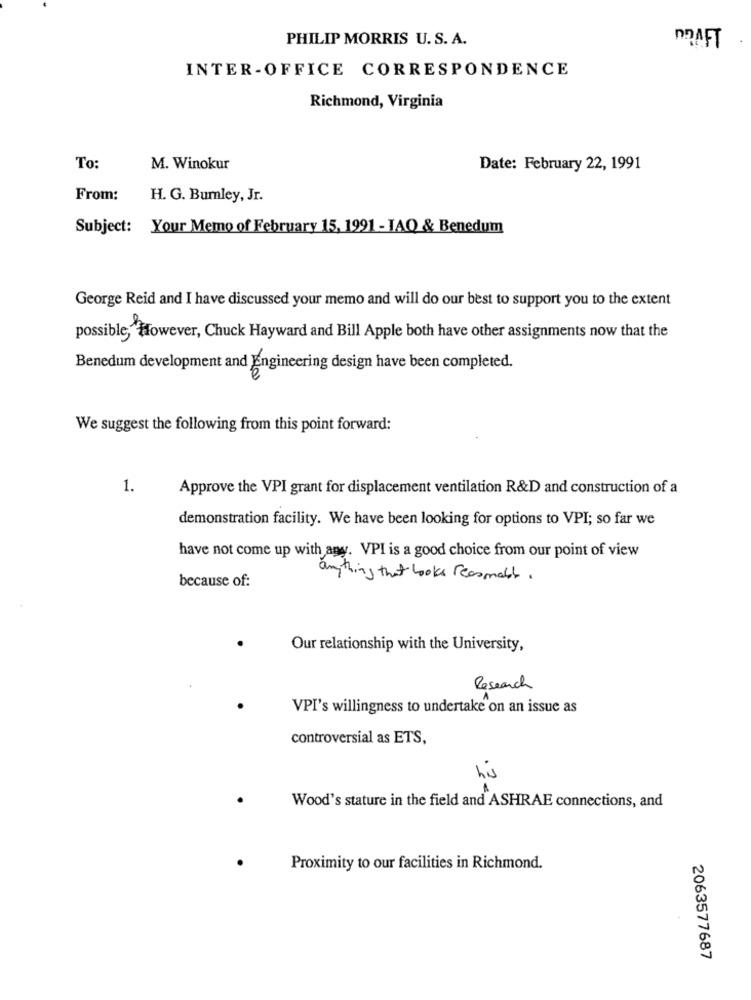
PHILIP MORRIS U. S. A.
MAFT
INTER-OFFICE CORRESPONDENCE
Richmond, Virginia
To:
M. Winokur
Date: February 22, 1991
From:
H. G. Bumley, Jr.
Subject: Your Memo of February 15, 1991 - JAQ & Benedum
George Reid and I have discussed your memo and will do our best to support you to the extent
possible, However, Chuck Hayward and Bill Apple both have other assignments now that the
Benedum development and Engineering design have been completed.
We suggest the following from this point forward:
1.
Approve the VPI grant for displacement ventilation R&D and construction of a
demonstration facility. We have been looking for options to VPI; so far we
have not come up with any. VPI is a good choice from our point of view
because of:
anything that looks reasmall.
Our relationship with the University,
Research
VPI's willingness to undertake on an issue as
controversial as ETS,
his
Wood's stature in the field and ASHRAE connections, and
Proximity to our facilities in Richmond.
2063577687